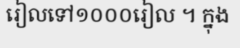
រៀលទៅ១០០០រៀល ។ ក្នុង